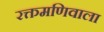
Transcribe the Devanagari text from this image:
रक्तमणिवाला